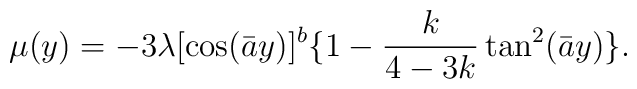
\mu(y)=-3\lambda[\cos(\bar a y)]^b\{1-\frac{k}{4-3k}\tan^2(\bar a y)\}.